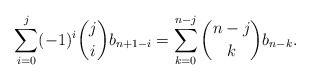
\begin{align*}\sum_{i=0}^j (-1)^i\binom{j}{i}b_{n+1-i}=\sum_{k=0}^{n-j}\binom{n-j}{k}b_{n-k}.\end{align*}